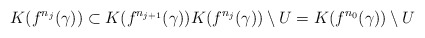
\begin{align*}K(f^{n_j}(\gamma))\subset K(f^{n_{j+1}}(\gamma)) K(f^{n_j}(\gamma))\setminus U = K(f^{n_0}(\gamma)) \setminus U\end{align*}